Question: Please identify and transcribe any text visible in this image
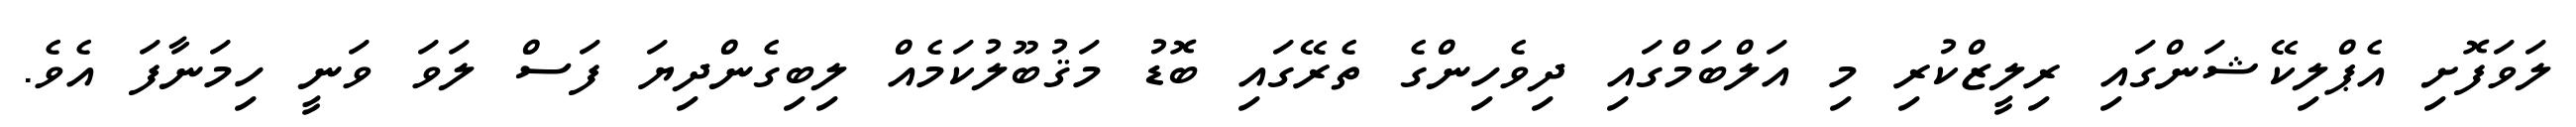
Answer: ލަވަފޮށި އެޕްލިކޭޝަންގައި ރިލީޒްކުރި މި އަލްބަމްގައި ދިވެހިންގެ ތެރޭގައި ބޮޑު މަޤުބޫލުކަމެއް ލިބިގެންދިޔަ ފަސް ލަވަ ވަނީ ހިމަނާފަ އެވެ.